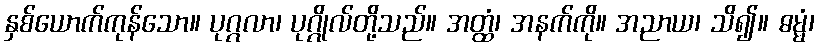
နှစ်ယောက်ကုန်သော။ ပုဂ္ဂလာ၊ ပုဂ္ဂိုလ်တို့သည်။ အတ္ထံ၊ အနက်ကို။ အညာယ၊ သိ၍။ ဓမ္မံ၊